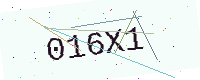
Text: 016X1